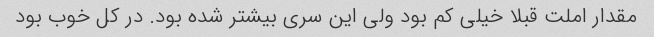
مقدار املت قبلا خیلی کم بود ولی این سری بیشتر شده بود. در کل خوب بود